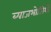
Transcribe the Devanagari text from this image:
ब्याजभोजियों